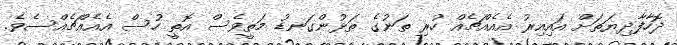
ދޮހާފާދިޔަތަށް އައިއިރު އެއެއްޗެއް ހުރި ތަނުގެ ތަޅުންގަނޑު މަތީވެސް އޮތީ ހުސް އެއެއްޗެއްސެވެ.